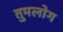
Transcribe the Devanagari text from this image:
तुमलोग